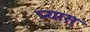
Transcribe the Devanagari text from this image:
प्यास्